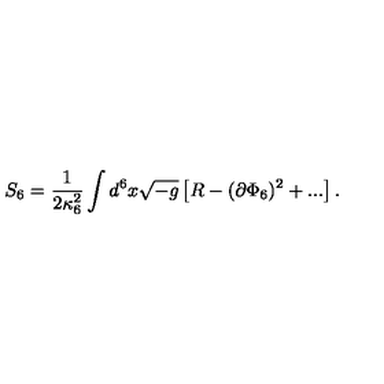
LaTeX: S _ { 6 } = \frac { 1 } { 2 \kappa _ { 6 } ^ { 2 } } \int d ^ { 6 } x \sqrt { - g } \left[ R - ( \partial \Phi _ { 6 } ) ^ { 2 } + . . . \right] .